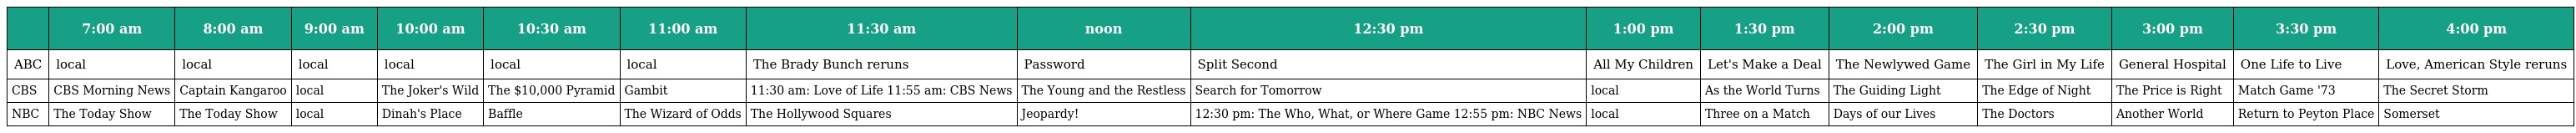
|  | 7:00 am | 8:00 am | 9:00 am | 10:00 am | 10:30 am | 11:00 am | 11:30 am | noon | 12:30 pm | 1:00 pm | 1:30 pm | 2:00 pm | 2:30 pm | 3:00 pm | 3:30 pm | 4:00 pm |
 | --- | --- | --- | --- | --- | --- | --- | --- | --- | --- | --- | --- | --- | --- | --- | --- | --- |
 | ABC | local | local | local | local | local | local | The Brady Bunch reruns | Password | Split Second | All My Children | Let's Make a Deal | The Newlywed Game | The Girl in My Life | General Hospital | One Life to Live | Love, American Style reruns |
 | CBS | CBS Morning News | Captain Kangaroo | local | The Joker's Wild | The $10,000 Pyramid | Gambit | 11:30 am: Love of Life 11:55 am: CBS News | The Young and the Restless | Search for Tomorrow | local | As the World Turns | The Guiding Light | The Edge of Night | The Price is Right | Match Game '73 | The Secret Storm |
 | NBC | The Today Show | The Today Show | local | Dinah's Place | Baffle | The Wizard of Odds | The Hollywood Squares | Jeopardy! | 12:30 pm: The Who, What, or Where Game 12:55 pm: NBC News | local | Three on a Match | Days of our Lives | The Doctors | Another World | Return to Peyton Place | Somerset |